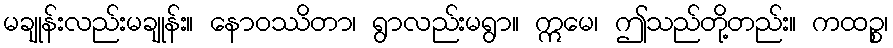
မချုန်းလည်းမချုန်း။ နောဝဿိတာ၊ ရွာလည်းမရွာ။ ဣမေ၊ ဤသည်တို့တည်း။ ကထဉ္စ၊